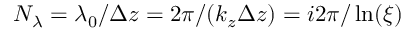
N _ { \lambda } = \lambda _ { 0 } / \Delta z = 2 \pi / ( k _ { z } \Delta z ) = i 2 \pi / \ln ( \xi )